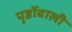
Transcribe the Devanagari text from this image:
पृष्ठोंवाली